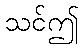
သင်ဤ